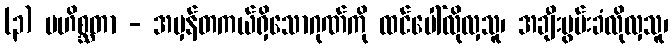
(၃) မဟိစ္ဆတာ - အမှန်တကယ်ရှိသောဂုဏ်ကို ထင်ပေါ်လိုလှသူ၊ အချီးမွမ်းခံလိုလှသူ၊